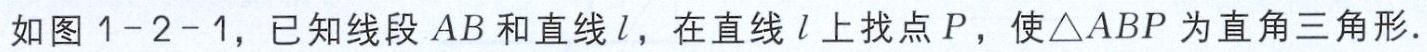
如图 1-2-1，已知线段 \(AB\) 和直线 \(l\)，在直线 \(l\) 上找点 \(P\)，使\(\triangle ABP\) 为直角三角形.